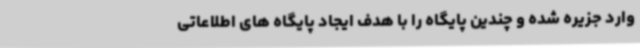
وارد جزیره شده و چندین پایگاه را با هدف ایجاد پایگاه های اطلاعاتی